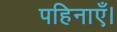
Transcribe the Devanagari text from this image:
पहिनाएँ।